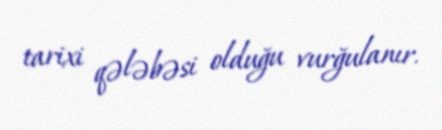
tarixi qələbəsi olduğu vurğulanır.